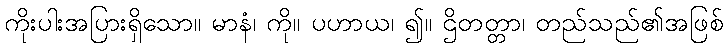
ကိုးပါးအပြားရှိသော။ မာနံ၊ ကို။ ပဟာယ၊ ၍။ ဌိတတ္တာ၊ တည်သည်၏အဖြစ်